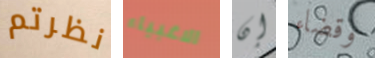
نظرتم الاغبياء إن وقضاء